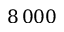
8 \, 0 0 0